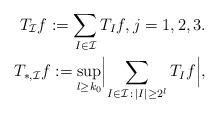
LaTeX: \begin{align*} T _{\mathcal I} f := \sum_{I \in \mathcal I } T_I f , j =1,2,3. \\T _{\ast , \mathcal I} f := \sup _{l \geq k_0} \Bigl\lvert \sum_{I \in \mathcal I \,:\, \lvert I\rvert \geq 2 ^{l} } T_I f \Bigr\rvert, \end{align*}